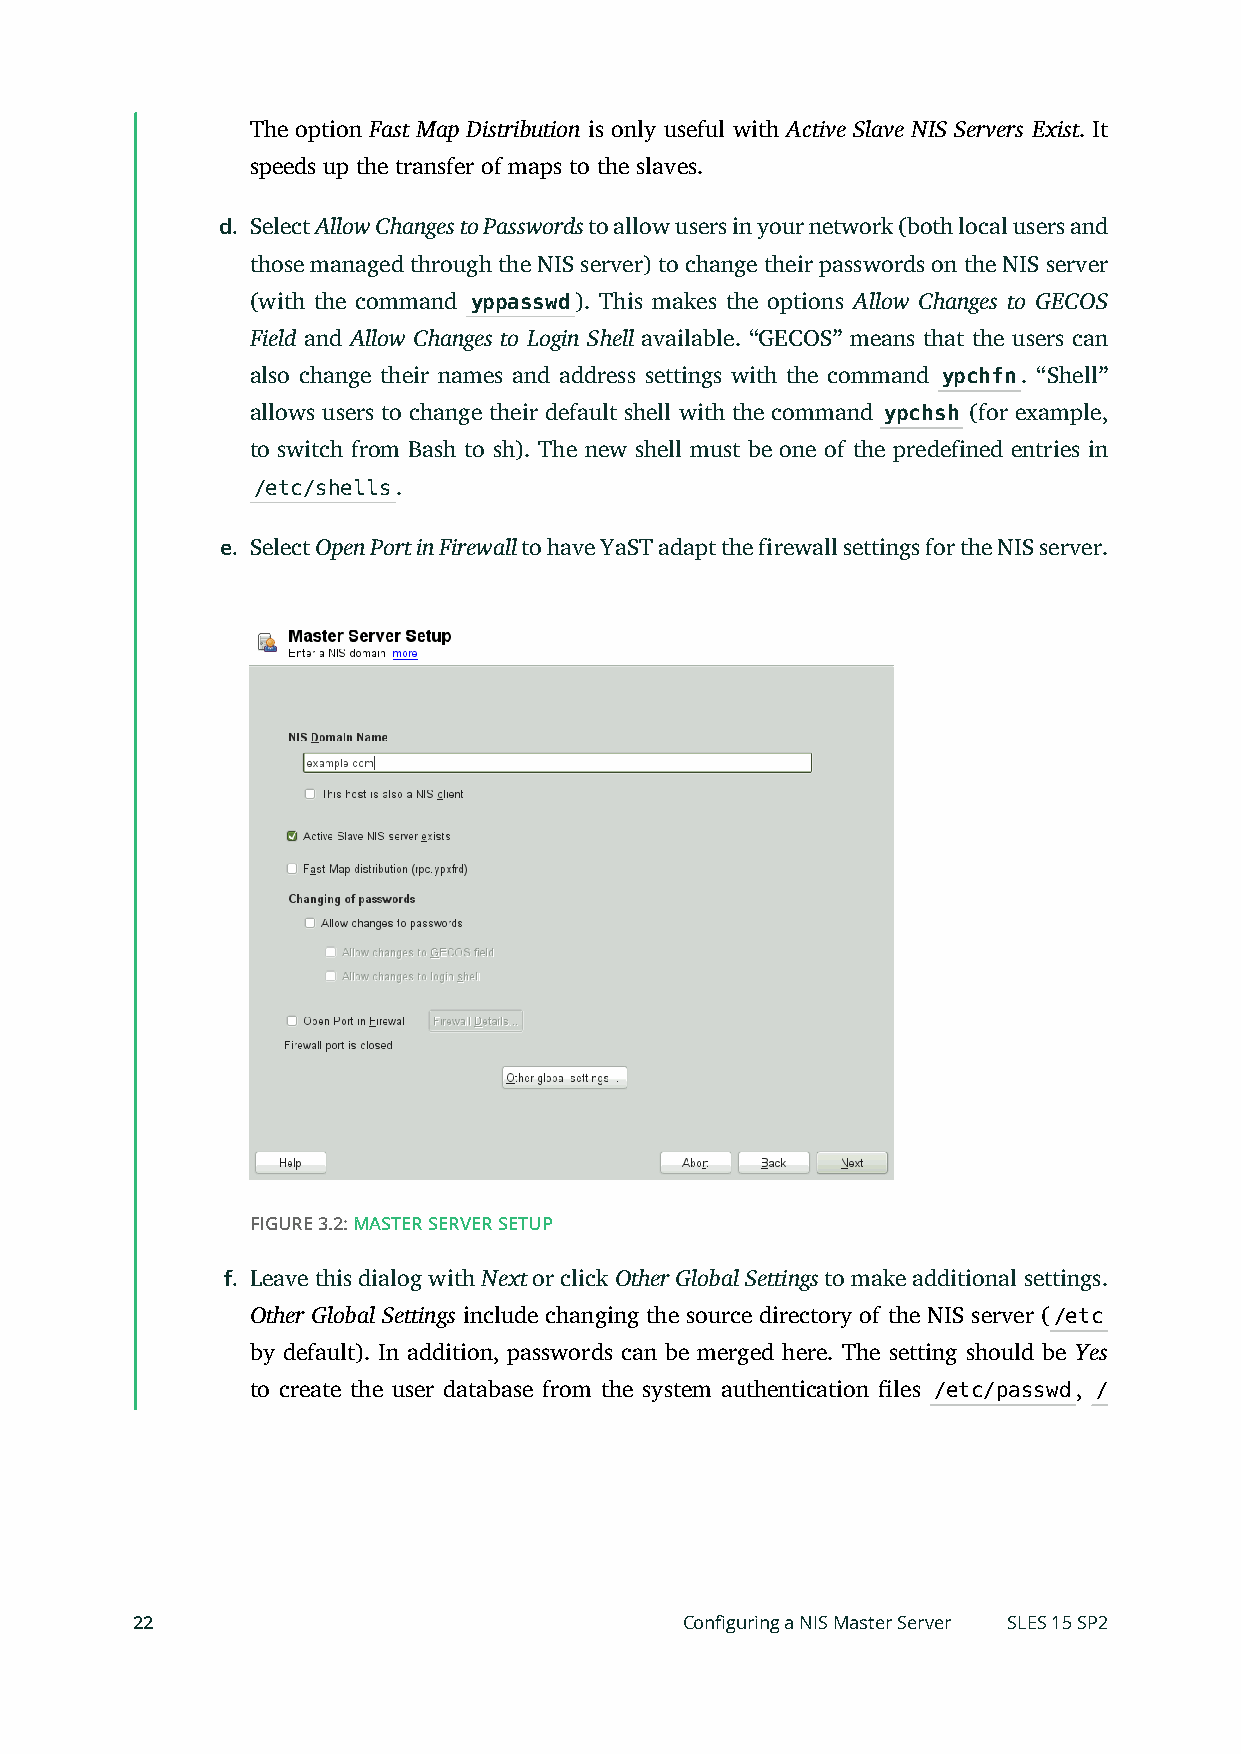
The option Fast Map Distribution is only useful with Active Slave NIS Servers Exist. It
 speeds up the transfer of maps to the slaves.
 d. Select Allow Changes to Passwords to allow users in your network (both local users and
 those managed through the NIS server) to change their passwords on the NIS server
 (with the command yppasswd). This makes the options Allow Changes to GECOS
 Field and Allow Changes to Login Shell available. “GECOS” means that the users can
 also change their names and address settings with the command ypchfn. “Shell”
 allows users to change their default shell with the command ypchsh (for example,
 to switch from Bash to sh). The new shell must be one of the predefined entries in
 /etc/shells.
 e. Select Open Port in Firewall to have YaST adapt the firewall settings for the NIS server.
 FIGURE 3.2: MASTER SERVER SETUP
 f. Leave this dialog with Next or click Other Global Settings to make additional settings.
 Other Global Settings include changing the source directory of the NIS server (/etc
 by default). In addition, passwords can be merged here. The setting should be Yes
 to create the user database from the system authentication les /etc/passwd, /
 22                                  Configuring a NIS Master Server SLES 15 SP2